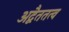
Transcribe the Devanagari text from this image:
अद्वैततत्व